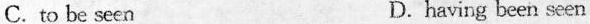
C.to be seen D.having been seen